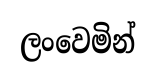
ලංවෙමින්